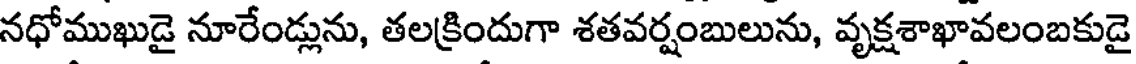
నధోముఖుడై నూరేండ్లును, తలక్రిందుగా శతవర్షంబులును, వృక్షశాఖావలంబకుడై